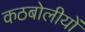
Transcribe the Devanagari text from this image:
कठबोलीयों